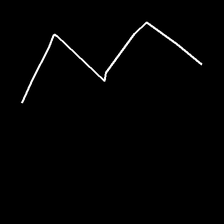
Glyph: crush